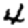
Digit: 4